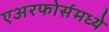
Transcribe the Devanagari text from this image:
एअरफोर्समध्ये